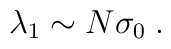
\lambda_1 \sim N \sigma_0 \; .